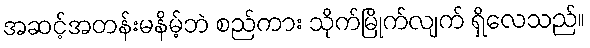
အဆင့်အတန်းမနိမ့်ဘဲ စည်ကား သိုက်မြိုက်လျက် ရှိလေသည်။